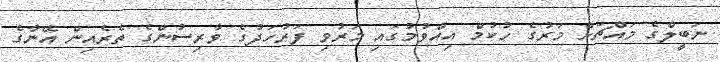
ނަބީލްގެ މައްޗަށް މަރުގެ ހުކުމް އިއްވުމުގައި މަރުވި ފަރުހަދުގެ ވާރިސުންގެ ތެރެއިން އޭނާގެ